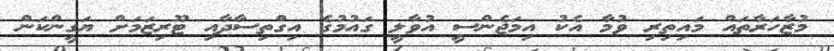
މުޒާހަރާތައް މައިތިރި ވުމާ އެކު އިމަޖެންސީ އުވާލީ ގައުމުގެ އިގްތިސާދާއި ޓޫރިޒަމަށް ޔަގީންކަން